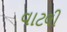
વાટલી